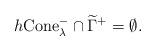
LaTeX: \begin{align*} h \mathrm{Cone}_\lambda^- \cap \widetilde{\Gamma}^+=\emptyset.\end{align*}